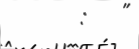
:   "